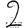
Digit: 2